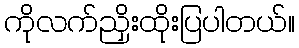
ကိုလက်ညှိးထိုးပြပါတယ်။